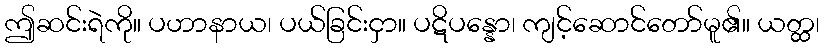
ဤဆင်းရဲကို။ ပဟာနာယ၊ ပယ်ခြင်းငှာ။ ပဋိပန္နော၊ ကျင့်ဆောင်တော်မူ၏။ ယတ္ထ၊